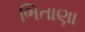
ભિતાણા